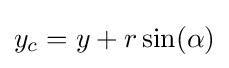
y_{c}=y+r\sin(\alpha )